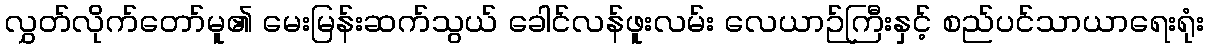
လွှတ်လိုက်တော်မူ၏ မေးမြန်းဆက်သွယ် ခေါင်လန်ဖူးလမ်း လေယာဉ်ကြီးနှင့် စည်ပင်သာယာရေးရုံး